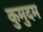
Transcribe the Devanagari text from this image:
कुमुदम